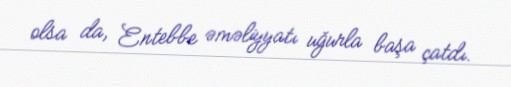
olsa da, Entebbe əməliyyatı uğurla başa çatdı.